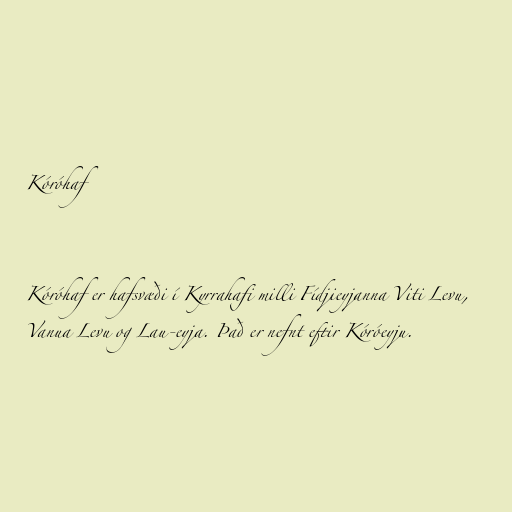
Kóróhaf

Kóróhaf er hafsvæði í Kyrrahafi milli Fídjieyjanna Viti Levu,
Vanua Levu og Lau-eyja. Það er nefnt eftir Kóróeyju.